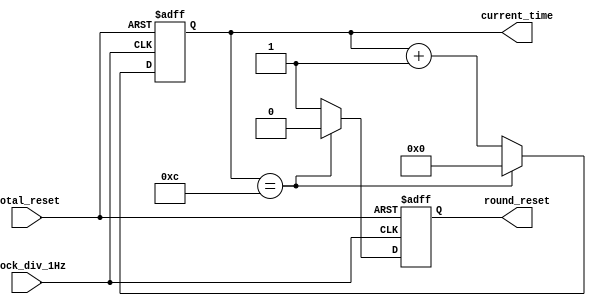
module counter(clock_div_1Hz,total_reset,current_time,round_reset);

input clock_div_1Hz,total_reset;
output[6:0]current_time;
output round_reset;

reg [6:0]current_time;
reg round_reset;

always@(posedge clock_div_1Hz or negedge total_reset)
begin
	if(~total_reset)
	begin
		current_time<=7'b0000000;
		round_reset<=0;
	end
	else
	begin
		current_time<=current_time+7'b0000001;
		if(current_time==7'd12)
		begin
			current_time<=7'b0000000;
			round_reset=0;
		end
		else
			round_reset<=1;
	end

end

endmodule